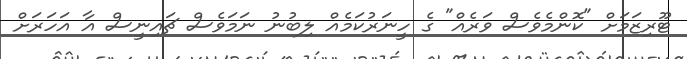
ޓޫރިޒަމަށް "ކޮންމެވެސް ވަރެއް" ގެ ހީނަރުކަމެއް ލިބުނު ނަމަވެސް ޗައިނީސް އާ އަހަރަށް